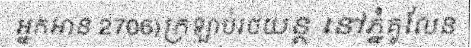
អ្នកអាន 2706)ក្រឡាប់រថយន្ត នៅភ្នំគូលែន